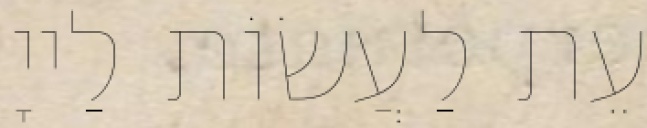
עֵת לַעֲשׂוֹת לַייָ